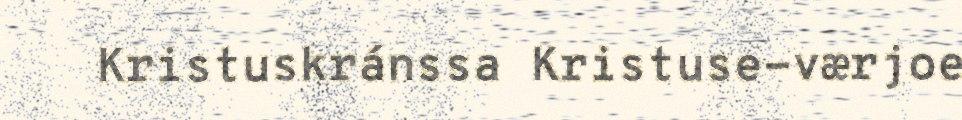
Kristuskránssa Kristuse-værjoe